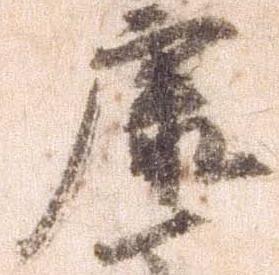
康